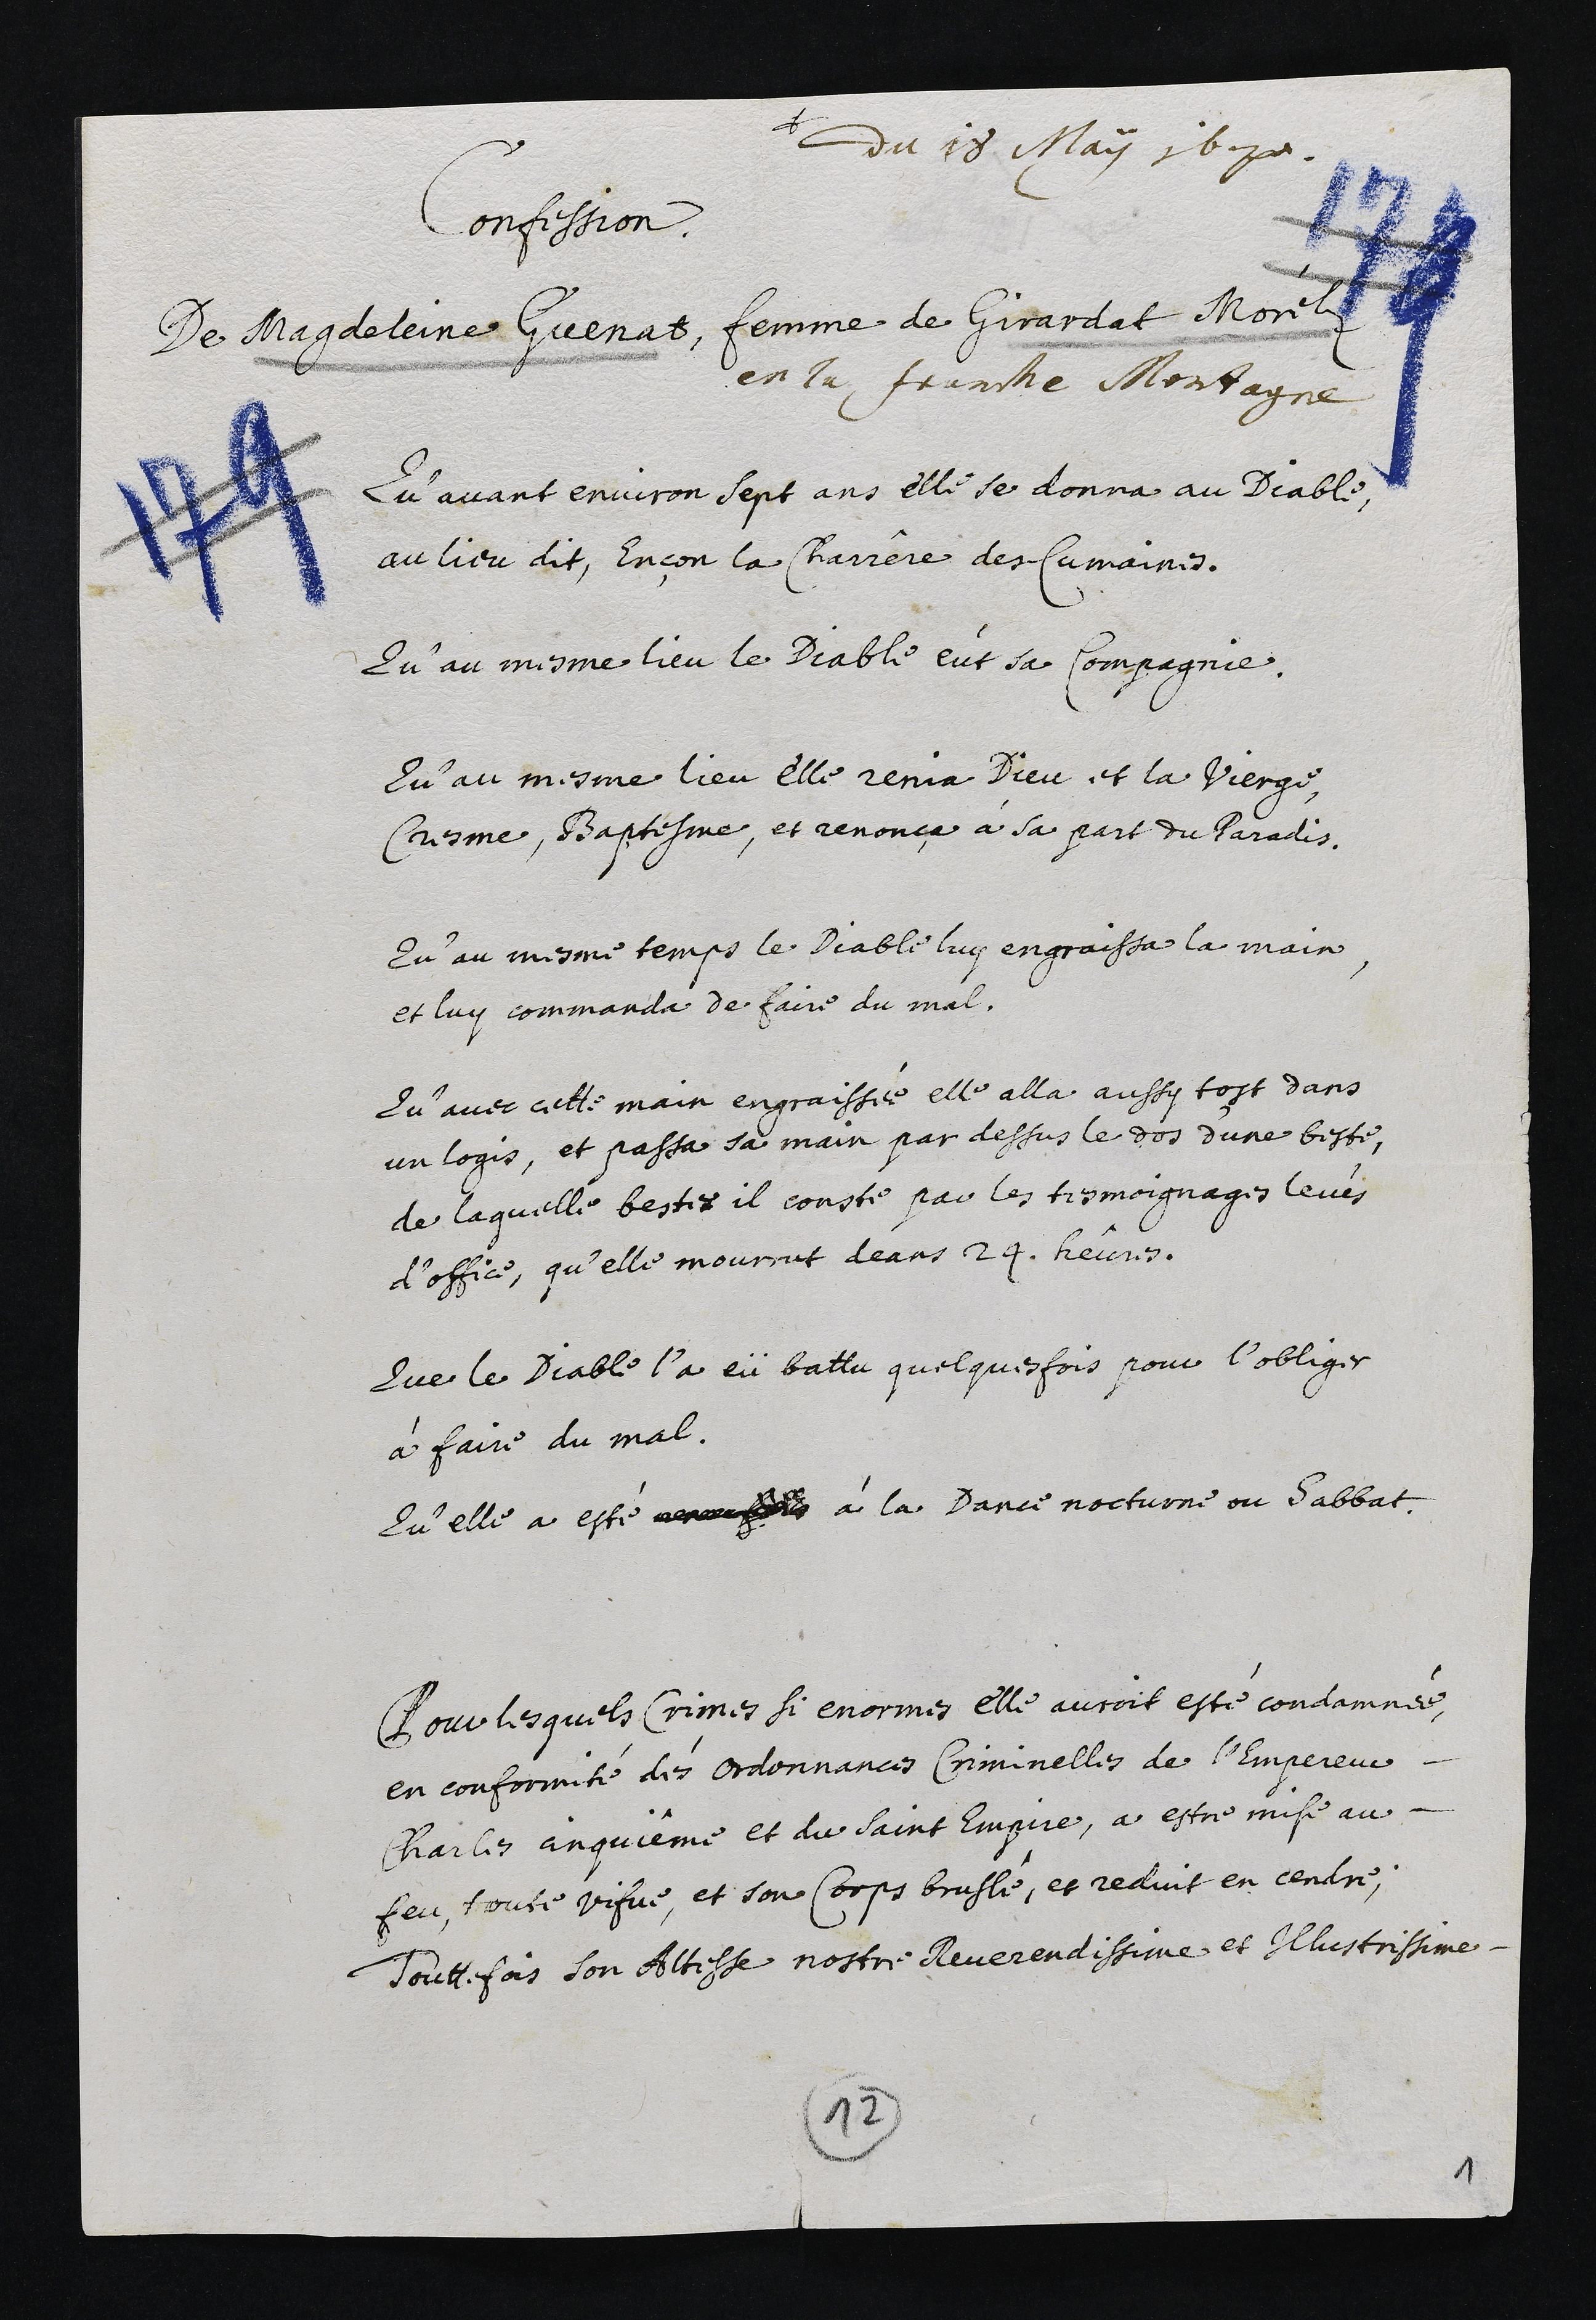
+
du 18 May 16170.
Confession
De Magdeleine Guenat, femme de Girardat Morela
en la Franche Montagne
Qu’avant environ sept ans elle se donna au Diable
au lieu dit. Ençon la Chariere des Cumaines.
Qu’au mesme lieu le Diable eut sa Compagnie
Qu’au mesme lieu elle renia Dieu et la Vierge
Cresme, B’aptesme, et renonçe à sa part du Paradis
Qu’au mesme temps le Diable luy engraissa la main
et luy commanda de faire du mal.
Qu’avec cette main engraissée elle alla aussy tost dans
un logis, et passa sa main par dessus le dos d’une beste,
de laquelle bestes il consté par les tesmoignages leves
d’office, qu’elle mourrut deans 24. heures.
Que le Diable l’a eü battu quelquesfois pour l’obliger
à faire du mal.
Qu’elle a esté aauss à la Dance nocturne ou Sabbat
Pour lesquels Crimes si enormes elle auroit esté condamnee
en conformité des ordonnances Criminelles de l’Empereur
Charles anquieme et du saint Empue, a estre mise au-
feu, toute vifve, et son Corps brusle, et reduit en cendre,
Touttefois son Altesse nostre Reverendissime et Ilhustrissime.